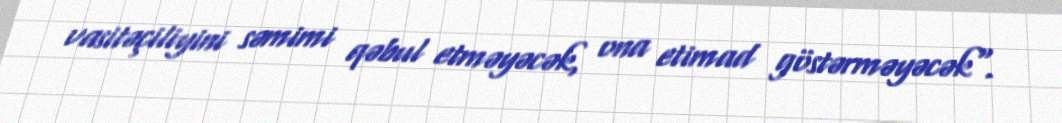
vasitəçiliyini səmimi qəbul etməyəcək, ona etimad göstərməyəcək".